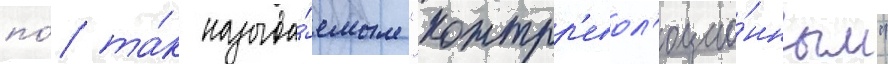
по́ та́к называ́емым "контрр'евол'юцио́нным"